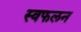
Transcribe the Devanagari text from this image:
स्वफलन